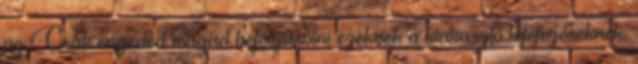
az Csak engeded magad befolyásolni ezeknek a kiakasztó kifejezéseknek.